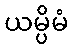
ယမ္ပိမံ